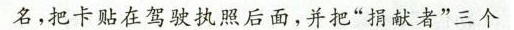
名，把卡贴在驾驶执照后面，并把”捐献者”三个